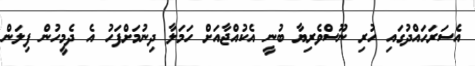
އެސަރަހައްދުގައި ހުރި ނޫސްވެރިޔާ ބުނީ އެކުއްޖާއަށް ހަމަލާ ދިނުމަށްފަހު އެ ދެމީހުން ފިލަން